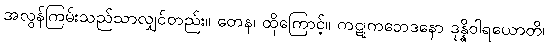
အလွန်ကြမ်းသည်သာလျှင်တည်း။ တေန၊ ထိုကြောင့်။ ကဋုကဘေဒနော ဒုန္နိဝါရယောတိ၊